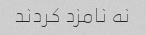
نه نامزد کردند